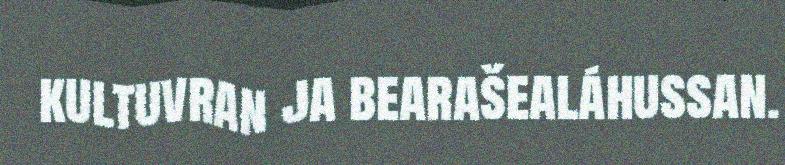
kultuvran ja bearašealáhussan.